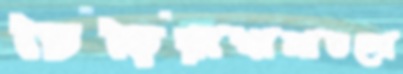
চিড়িয়াখানাগুলো